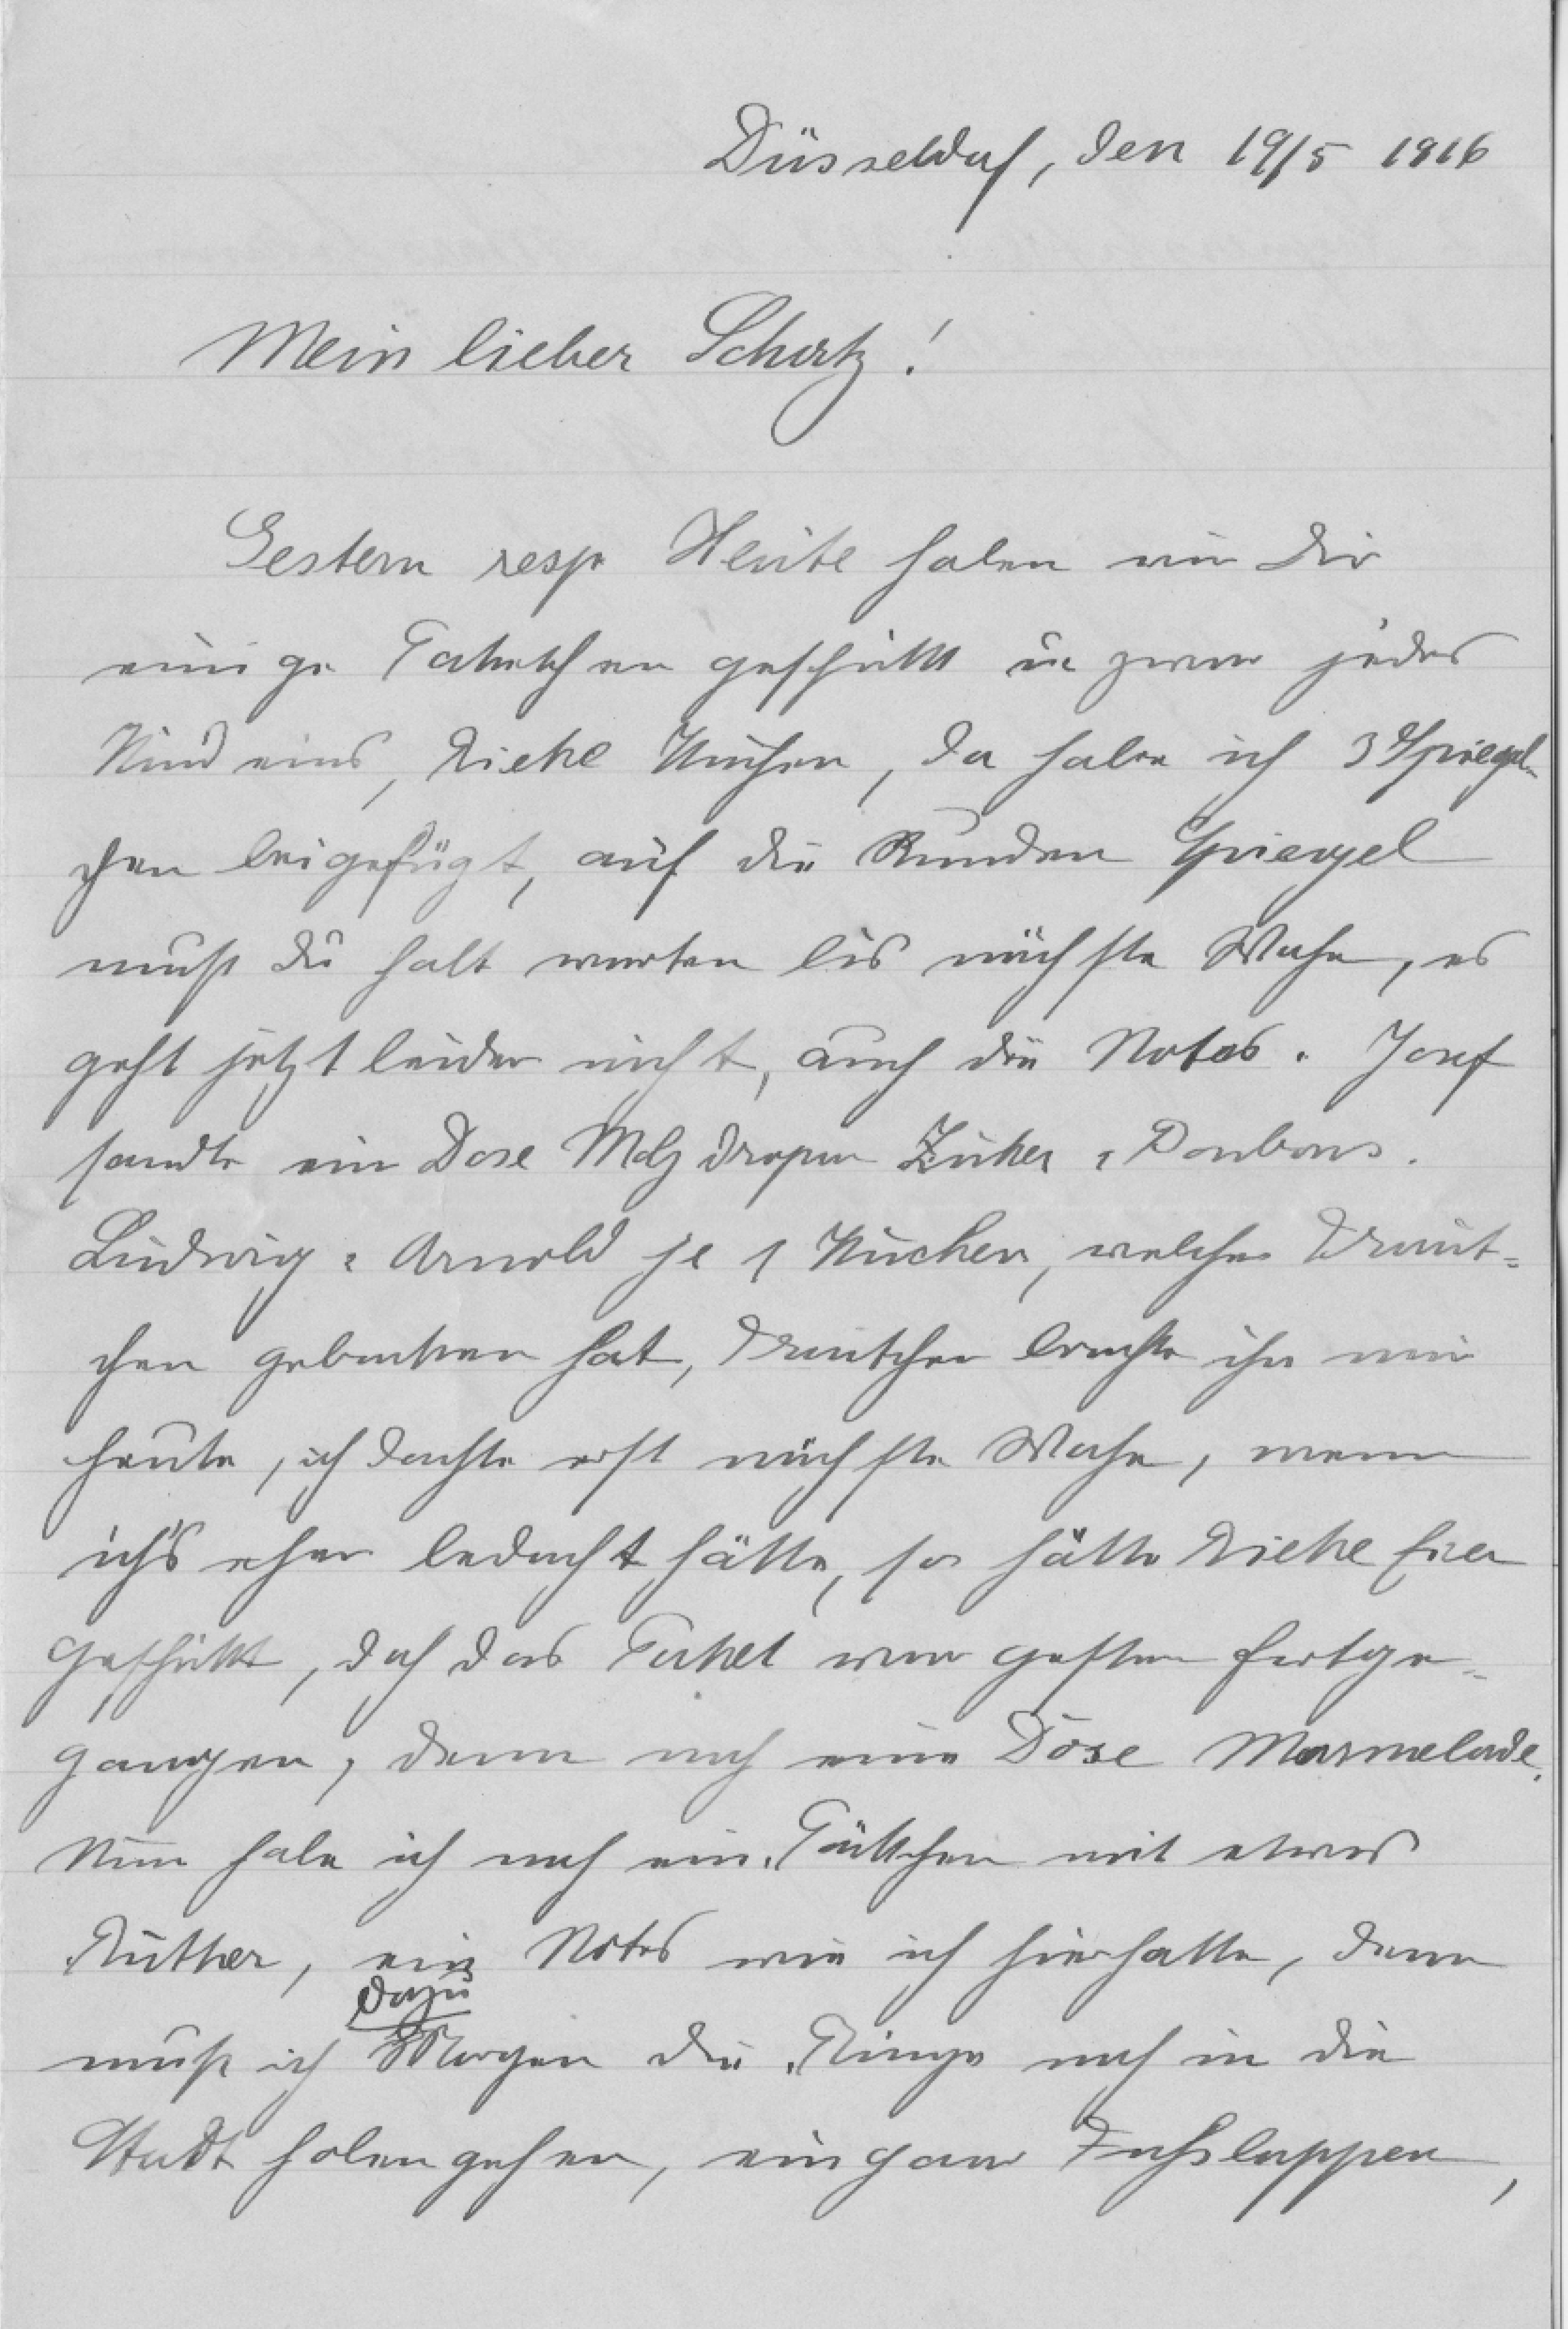
Düsseldorf, den 19/5 1916
Mein lieber Schatz!
Gestern resp Heute haben wir dir
einige Paketchen geschickt und zwar jedes
Kind eins, Rieke Kuchen, da habe ich 3 Spiegel¬
chen beigefügt, auf die Runden Spiegel
mußt du halt warten bis nächste Woche, es
geht jetzt leider nicht, auch die Notas. Josef
sandte eine Dose Malzdropon Zucker und Bonbons.
Ludwig und Arnold je 1 Kuchen, welche Traut¬
chen gebacken hat, Trautchen brachte ihn mir
heute, ich dachte erst nächste Woche, wenn
ich's eher bedacht hätte, so hätte Rieke Eier
geschickt, doch das Paket war gestern fortge¬
gangen, dann noch eine Dose Marmelade.
Nun habe ich noch ein Päckchen mit etwas
Butter, ein Notes wie ich hier hatte, dann
dazu
muß ich Morgen die Dinge noch in die
Stadt holen gehen, ein paar Fußlappen,